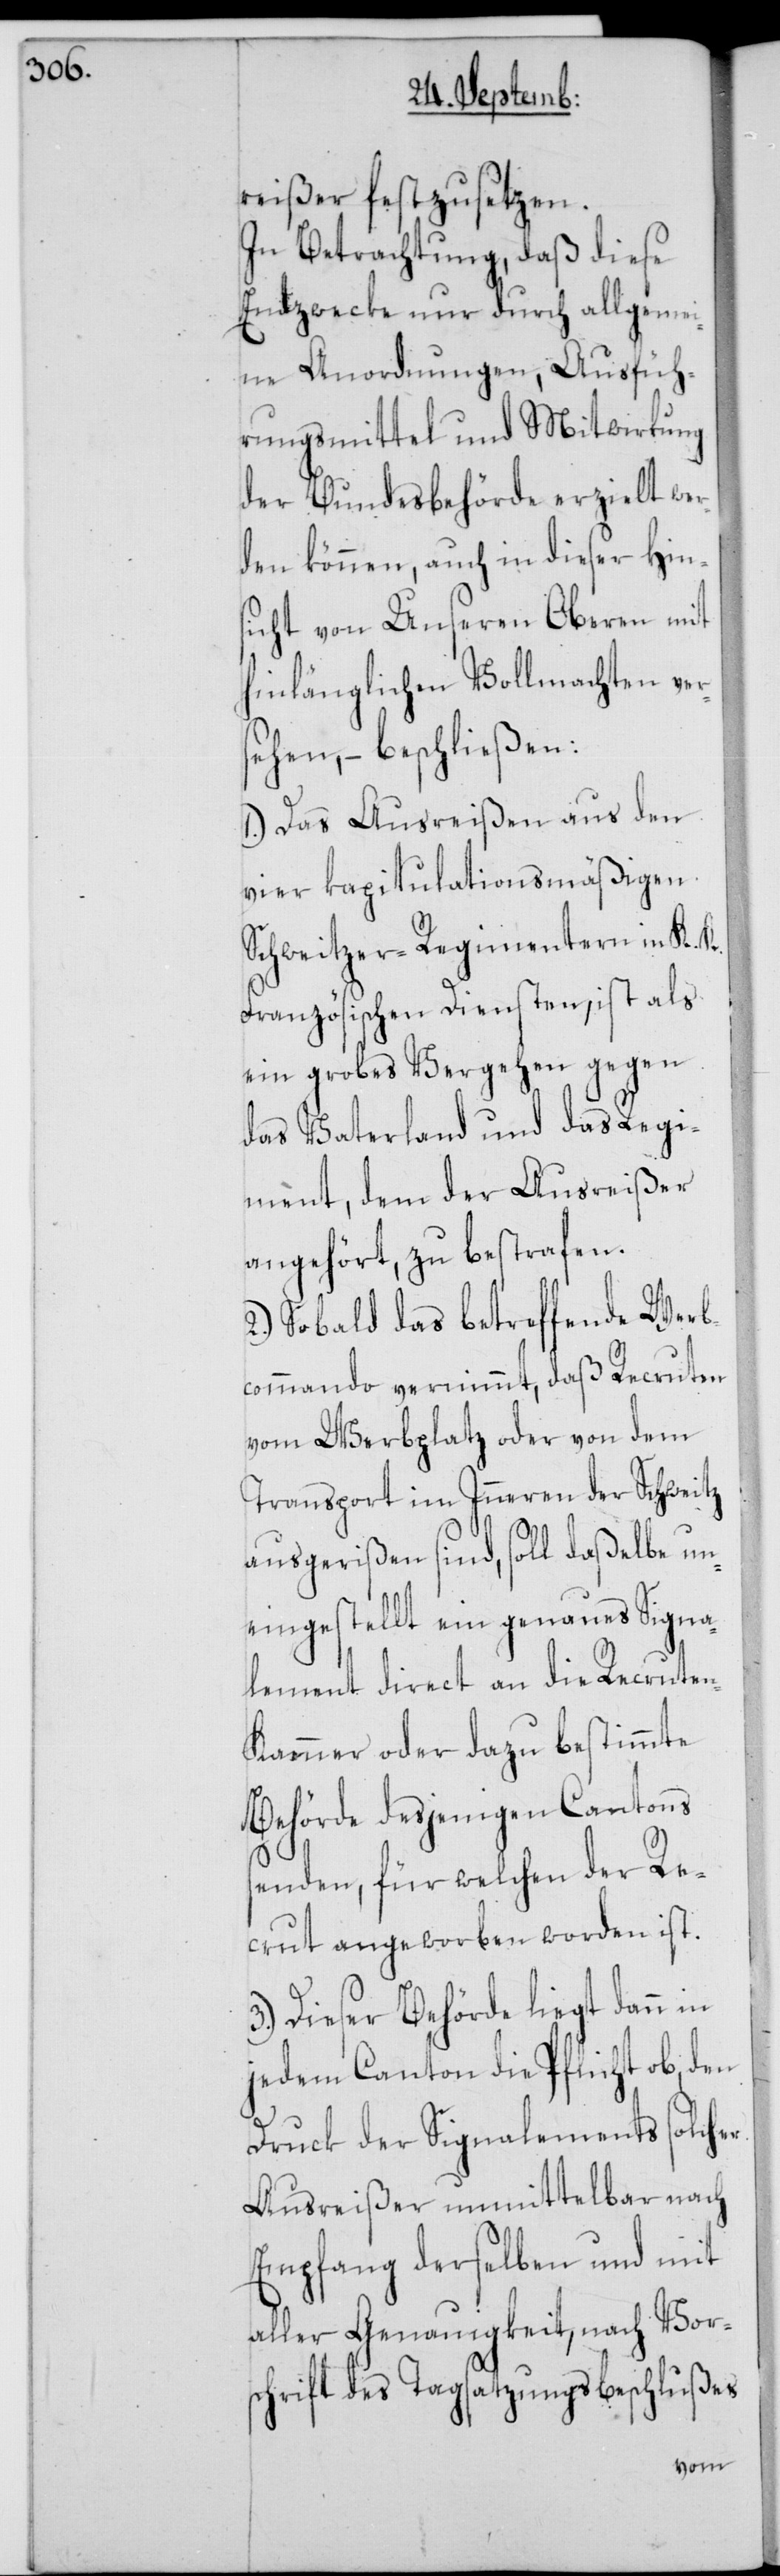
reißer festzusetzen.
In Betrachtung, daß diese
Endzwecke nur durch allgemei¬
ne Anordnungen, Ausfüh¬
rungsmittel und Mitwirkung
der Bundesbehörde erzielt wer¬
den können, auch in dieser Hin¬
sicht von Unsern Oberen mit
hinlänglichen Vollmachten ver¬
sehen, – beschließen:
1.) Das Ausreißen aus den
vier kapitulationsmäßigen
Schweitzer-Regimentern in K. K.
Französischen Diensten, ist als
ein grobes Vergehen gegen
das Vaterland und das Regi¬
ment, dem der Ausreißer
angehört, zu bestrafen.
2.) Sobald das betreffende Werb¬
kommando vernimmt, daß Recruten
vom Werbplatz oder von dem
Transport im Inneren der Schweitz
ausgerißen sind, soll daßelbe un¬
eingestellt ein genaues Signa¬
lement direct an die Recrute¬
n-Kammer oder dazu bestimmte
Behörde desjenigen Cantons
senden, für welchen der Re¬
crut angeworben worden ist.
3.) Dieser Behörde liegt dann in
jedem Canton die Pflicht ob, den
Druck der Signalements solcher
Ausreißer unmittelbar nach
Empfang derselben und mit
aller Genauigkeit, nach Vor¬
schrift des Tagsatzungsbeschlußes